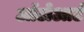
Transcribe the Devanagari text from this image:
ऑटोआर्ट